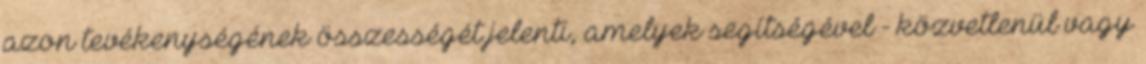
azon tevékenységének összességét jelenti, amelyek segítségével - közvetlenül vagy